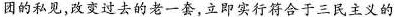
团的私见，改变过去的老一套，立即实行符合于三民主义的